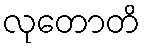
လုတောတိ